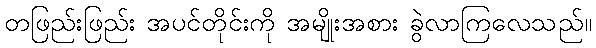
တဖြည်းဖြည်း အပင်တိုင်းကို အမျိုးအစား ခွဲလာကြလေသည်။